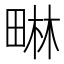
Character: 𭻜